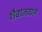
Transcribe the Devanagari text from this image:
शैवालवाले